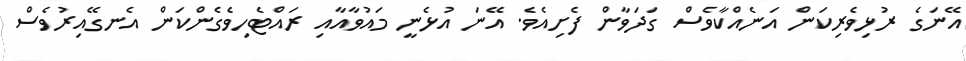
އޭނަގެ ރުޅިވެރިކަން އަނެއްކާވެސް ގަދަވާން ފެށިއެވެ. އޭނަ އުޅެނީ މައުވާއާއި ރައްޓެހިވެގެންކަން އެނގޭއިރުވެސް